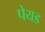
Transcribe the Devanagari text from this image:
पेयड